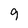
Character: 9